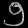
Digit: ၅